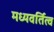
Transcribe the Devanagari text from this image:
मध्यवर्तित्व